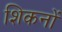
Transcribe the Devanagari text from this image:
शिकनों